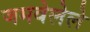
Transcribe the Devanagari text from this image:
जमवेलेले